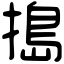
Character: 搗